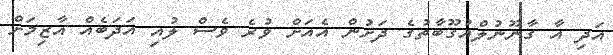
އަދި އާ ގާނޫނުލްއުގޫބާތުގެ ދަށުން އެއަށް ވުރެ ވެސް ލުއި އަދަބެއް އާޒިމަށް